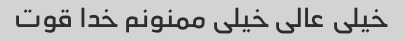
خیلی عالی خیلی ممنونم خدا قوت